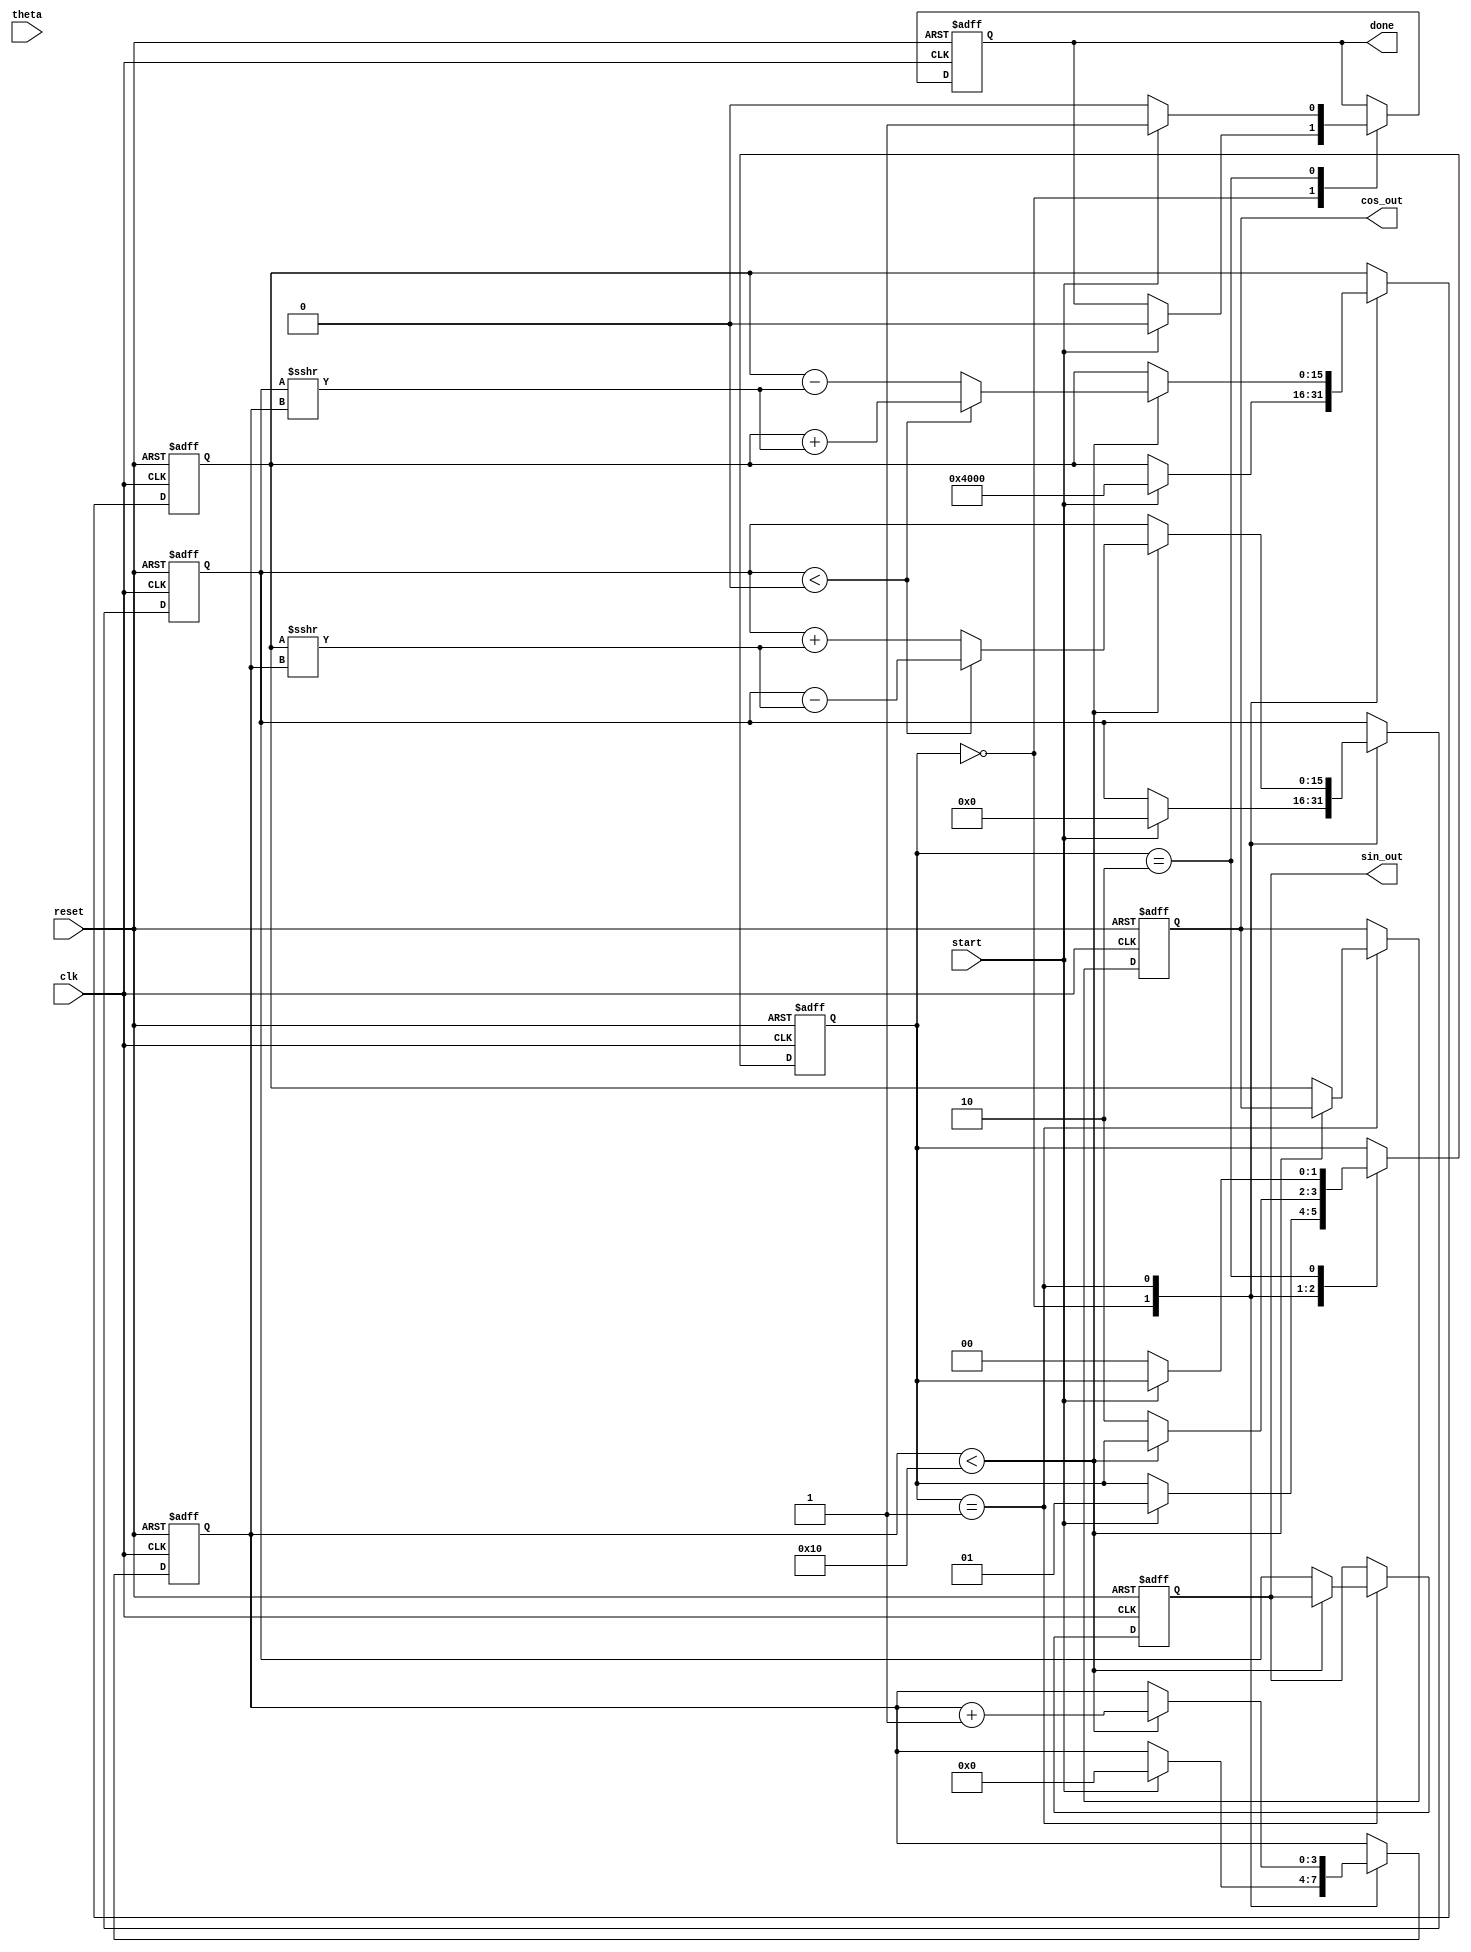
module cordic (
    input wire clk,
    input wire reset,
    input wire start,
    input wire [15:0] theta, // Input angle in fixed-point format
    output reg [15:0] sin_out, // Sine output
    output reg [15:0] cos_out, // Cosine output
    output reg done // Done signal
);

    // Parameters
    parameter NUM_ITERATIONS = 16; // Number of iterations for CORDIC
    parameter FIXED_POINT_FRACTIONAL_BITS = 15; // Number of fractional bits in fixed-point representation

    // Internal registers
    reg [15:0] x_reg; // X coordinate
    reg [15:0] y_reg; // Y coordinate
    reg [15:0] angle_reg; // Current angle
    reg [3:0] iteration_counter; // Iteration counter
    reg [1:0] state; // State machine for control logic

    // State definitions
    localparam IDLE = 2'b00;
    localparam COMPUTING = 2'b01;
    localparam DONE = 2'b10;

    // Angle lookup table for arctan(2^-i)
    reg [15:0] atan_table [0:NUM_ITERATIONS-1];
    initial begin
        // Precomputed arctangent values in fixed-point format
        atan_table[0] = 16'h2000; // atan(1) = 45 degrees = pi/4
        atan_table[1] = 16'h1000; // atan(0.5) = 26.565 degrees
        atan_table[2] = 16'h0800; // atan(0.25) = 14.036 degrees
        atan_table[3] = 16'h0400; // atan(0.125) = 7.125 degrees
        atan_table[4] = 16'h0200; // atan(0.0625) = 3.125 degrees
        atan_table[5] = 16'h0100; // atan(0.03125) = 1.563 degrees
        atan_table[6] = 16'h0080; // atan(0.015625) = 0.781 degrees
        atan_table[7] = 16'h0040; // atan(0.0078125) = 0.390 degrees
        atan_table[8] = 16'h0020; // atan(0.00390625) = 0.195 degrees
        atan_table[9] = 16'h0010; // atan(0.001953125) = 0.098 degrees
        atan_table[10] = 16'h0008; // atan(0.0009765625) = 0.049 degrees
        atan_table[11] = 16'h0004; // atan(0.00048828125) = 0.025 degrees
        atan_table[12] = 16'h0002; // atan(0.000244140625) = 0.012 degrees
        atan_table[13] = 16'h0001; // atan(0.0001220703125) = 0.006 degrees
        atan_table[14] = 16'h0001; // atan(0.00006103515625) = 0.003 degrees
        atan_table[15] = 16'h0000; // atan(0) = 0 degrees
    end

    // State machine and computation
    always @(posedge clk or posedge reset) begin
        if (reset) begin
            // Reset all registers and state
            x_reg <= 16'h4000; // Initial x = 1.0 in fixed-point
            y_reg <= 16'h0000; // Initial y = 0.0 in fixed-point
            angle_reg <= 16'h0000; // Initial angle
            iteration_counter <= 0;
            state <= IDLE;
            done <= 0;
            sin_out <= 0;
            cos_out <= 0;
        end else begin
            case (state)
                IDLE: begin
                    if (start) begin
                        // Initialize for computation
                        x_reg <= 16'h4000; // cos(theta) = 1.0
                        y_reg <= 16'h0000; // sin(theta) = 0.0
                        angle_reg <= theta; // Load input angle
                        iteration_counter <= 0;
                        state <= COMPUTING;
                        done <= 0;
                    end
                end

                COMPUTING: begin
                    if (iteration_counter < NUM_ITERATIONS) begin
                        // Perform CORDIC rotation
                        if (y_reg < 0) begin
                            // Rotate clockwise
                            x_reg <= x_reg + (y_reg >>> iteration_counter);
                            y_reg <= y_reg - (x_reg >>> iteration_counter);
                            angle_reg <= angle_reg + atan_table[iteration_counter];
                        end else begin
                            // Rotate counter-clockwise
                            x_reg <= x_reg - (y_reg >>> iteration_counter);
                            y_reg <= y_reg + (x_reg >>> iteration_counter);
                            angle_reg <= angle_reg - atan_table[iteration_counter];
                        end
                        iteration_counter <= iteration_counter + 1;
                    end else begin
                        // Finished computation
                        cos_out <= x_reg; // Final x is cosine
                        sin_out <= y_reg; // Final y is sine
                        state <= DONE;
                    end
                end

                DONE: begin
                    done <= 1; // Indicate computation is done
                    if (!start) begin
                        state <= IDLE; // Go back to idle state
                        done <= 0; // Reset done signal
                    end
                end
            endcase
        end
    end
endmodule